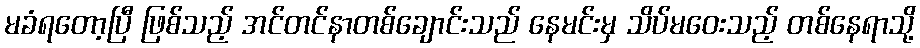
မခံရတော့ပြီ ဖြစ်သည့် အင်တင်နာတစ်ချောင်းသည် နေမင်းမှ သိပ်မဝေးသည့် တစ်နေရာသို့